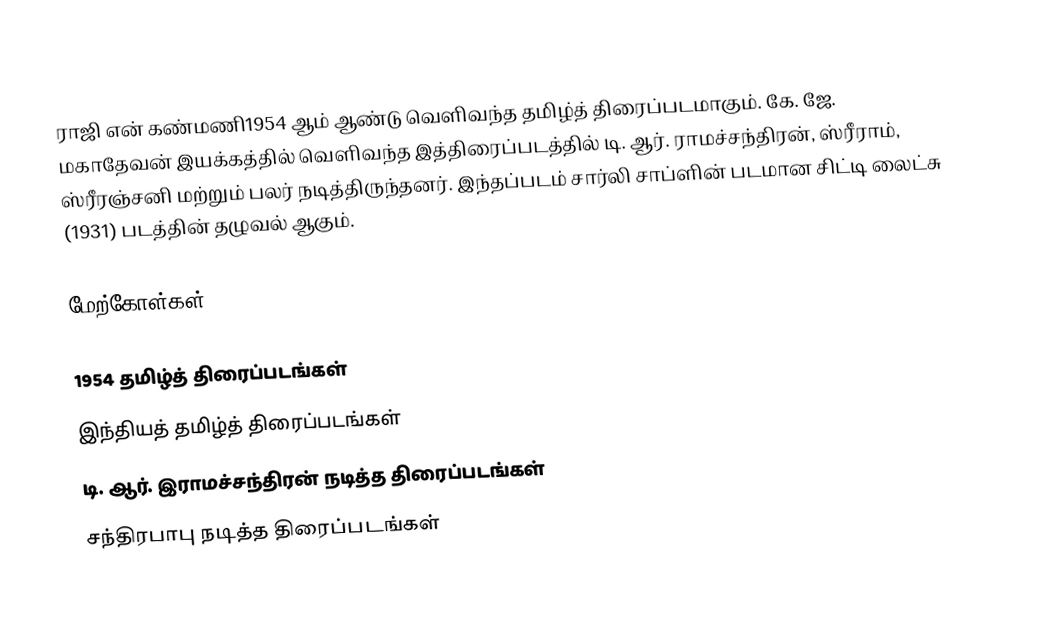
ராஜி என் கண்மணி1954 ஆம் ஆண்டு வெளிவந்த தமிழ்த் திரைப்படமாகும். கே. ஜே. மகாதேவன் இயக்கத்தில் வெளிவந்த இத்திரைப்படத்தில் டி. ஆர். ராமச்சந்திரன், ஸ்ரீராம், ஸ்ரீரஞ்சனி மற்றும் பலர் நடித்திருந்தனர். இந்தப்படம் சார்லி சாப்ளின் படமான  சிட்டி லைட்சு (1931) படத்தின் தழுவல் ஆகும்.

மேற்கோள்கள்

1954 தமிழ்த் திரைப்படங்கள்
இந்தியத் தமிழ்த் திரைப்படங்கள்
டி. ஆர். இராமச்சந்திரன் நடித்த திரைப்படங்கள்
சந்திரபாபு நடித்த திரைப்படங்கள்